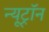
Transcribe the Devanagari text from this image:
न्यूट्राॅन